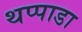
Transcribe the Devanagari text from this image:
थप्पाडा